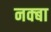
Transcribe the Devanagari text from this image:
नक्बा